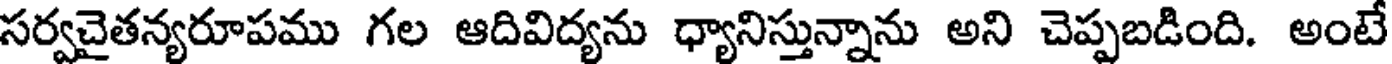
సర్వచైతన్యరూపము గల ఆదివిద్యను ధ్యానిస్తున్నాను అని చెప్పబడింది. అంటే